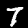
Digit: 7